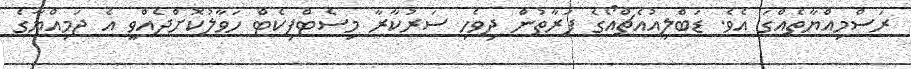
ރަސްމިއްޔާތެއްގަ އެވެ. ޑަބްލިއުއެޗްއޯގެ ފަރާތުން ދިވެހި ސަރުކާރާ މިސެޓްފިކެޓް ހަވާލުކޮށްދެއްވީ އެ ޖަމިއްޔާގެ